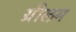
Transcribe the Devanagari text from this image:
ग्रीलम